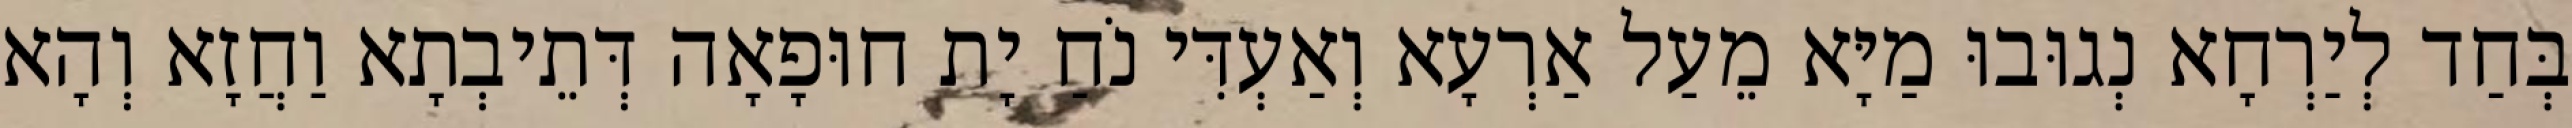
בְּחַד לְיַרְחָא נְגוּבוּ מַיָּא מֵעַל אַרְעָא וְאַעְדִּי נֹחַ יָת חוּפָאָה דְּתֵיבְתָא וַחֲזָא וְהָא